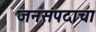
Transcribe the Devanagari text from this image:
जनसंपदाचा